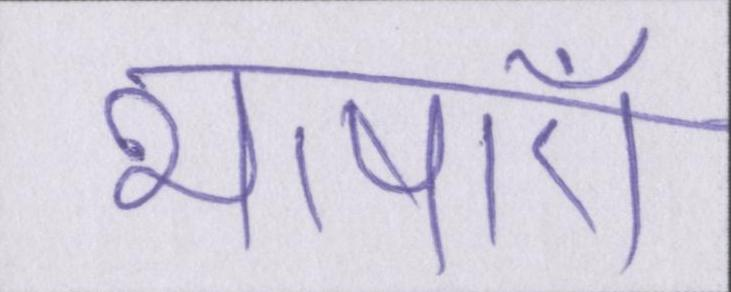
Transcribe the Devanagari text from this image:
भाषाएँ